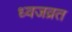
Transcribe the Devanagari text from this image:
ध्वजव्रत